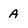
Character: A